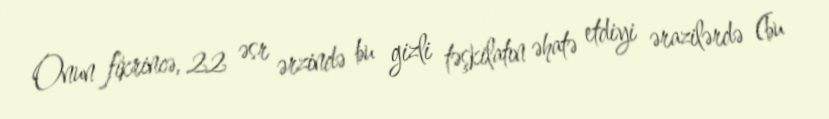
Onun fikrincə, 22 əsr ərzində bu gizli təşkilatın əhatə etdiyi ərazilərdə (bu